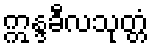
ဣန္ဒခီလသုတ္တံ